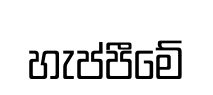
හැප්පීමේ